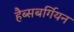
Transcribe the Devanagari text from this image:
हैब्सबर्गियन